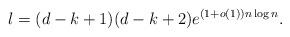
LaTeX: \begin{align*} l=(d-k+1)(d-k+2)e^{(1+o(1))n\log n}. \end{align*}